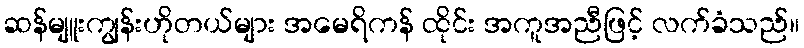
ဆန်မျူးကျွန်းဟိုတယ်များ အမေရိကန် ထိုင်း အကူအညီဖြင့် လက်ခံသည်။